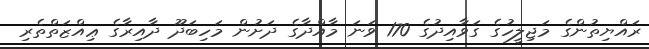
ރައްޔިތުންގެ މަޖިލީހުގެ ގަވާއިދުގެ 170 ވަނަ މާއްދާގެ ދަށުން މަހިބަދޫ ދާއިރާގެ ޢިއްޒަތްތެރި